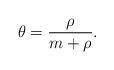
LaTeX: \begin{align*} \theta = \frac{\rho}{m+\rho}.\end{align*}